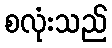
စလုံးသည်